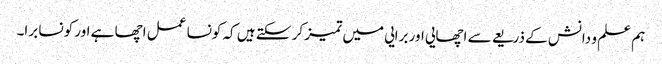
ہم علم و دانش کے ذریعے سے اچھایی اور برایی میں تمیز کر سکتے ہیں کہ کونسا عمل اچھا ہے اور کونسا برا۔